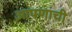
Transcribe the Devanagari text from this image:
आपणाची